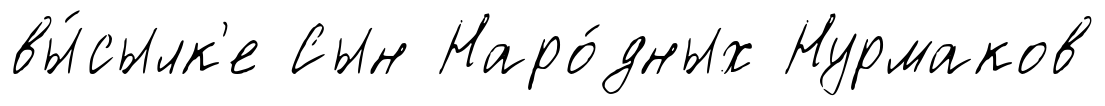
вы́сылк'е Сын Наро́дных Нурмаков